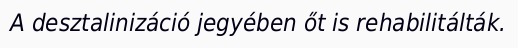
A desztalinizáció jegyében őt is rehabilitálták.